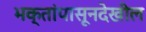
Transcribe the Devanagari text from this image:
भक्तांपासूनदेखील